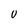
Character: 0